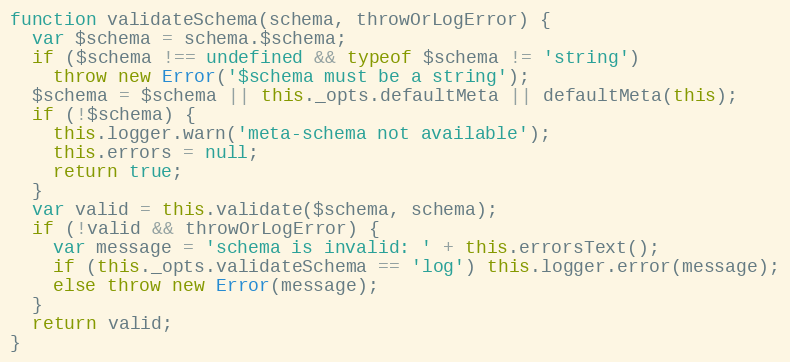
Language: JavaScript
function validateSchema(schema, throwOrLogError) {
  var $schema = schema.$schema;
  if ($schema !== undefined && typeof $schema != 'string')
    throw new Error('$schema must be a string');
  $schema = $schema || this._opts.defaultMeta || defaultMeta(this);
  if (!$schema) {
    this.logger.warn('meta-schema not available');
    this.errors = null;
    return true;
  }
  var valid = this.validate($schema, schema);
  if (!valid && throwOrLogError) {
    var message = 'schema is invalid: ' + this.errorsText();
    if (this._opts.validateSchema == 'log') this.logger.error(message);
    else throw new Error(message);
  }
  return valid;
}